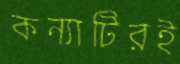
কন্যাটিরই